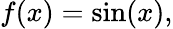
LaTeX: f(x)=\sin(x),